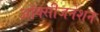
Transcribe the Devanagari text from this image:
ऑक्सीजनेशन